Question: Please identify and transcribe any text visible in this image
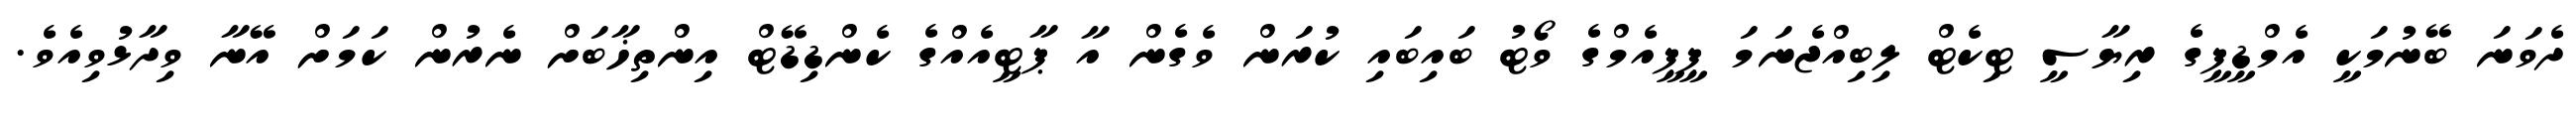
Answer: ދެވަނަ ބޭނުމަކީ އެމްޑީޕީގެ ރިޔާސީ ޓިކެޓް ލިބިއްޖެނަމަ ޕީޕީއެމްގެ ވޯޓު ބައިބައި ކުރަން ވެގެން އާ ޕާޓީއެއްގެ ކެންޑިޑޭޓް އިންތިޚާބަށް ނެރުން ކަމަށް އޭނާ ވިދާޅުވިއެވެ.